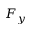
F _ { y }